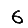
Digit: 6